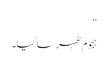
“
ہجوم ٹھہر سا گیا۔